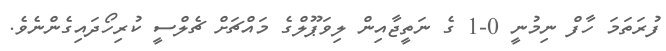
ފުރަތަމަ ހާފް ނިމުނީ 0-1 ގެ ނަތީޖާއިން ލިވަޕޫލްގެ މައްޗަށް ޗެލްސީ ކުރިހޯދައިގެންނެވެ.